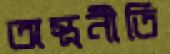
অস্ত্রনীতি